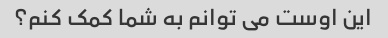
این اوست می توانم به شما کمک کنم؟